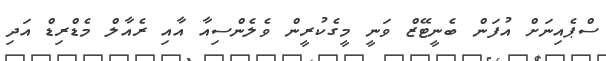
ސްޕެއިނަށް އުފަން ބެނީޓޭޒް ވަނީ މީގެކުރީން ވެލެންސިއާ އާއި ރެއާލް މެޑްރިޑް އަދި